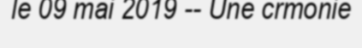
le 09 mai 2019 -- Une crmonie